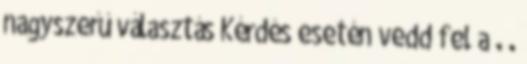
nagyszerű választás Kérdés esetén vedd fel a . .